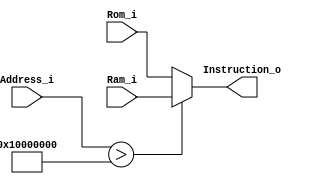
module Memory_MUX 
#(
	parameter DATA_WIDTH = 32)
(
	input [1:0] Address_i,
	input  [DATA_WIDTH-1:0] Ram_i, Rom_i,
	output reg [DATA_WIDTH-1:0] Instruction_o
);
	
	always @(*) begin
		Instruction_o = (Address_i > 32'h10000000) ? Ram_i : Rom_i;
	end
	
endmodule